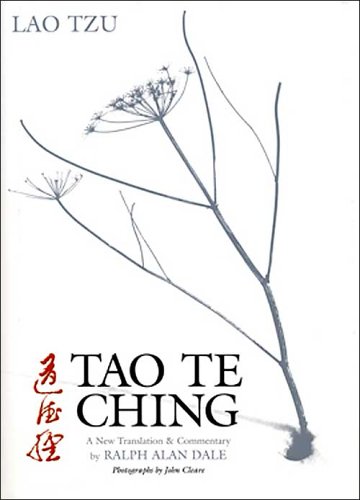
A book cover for Tao Te Ching: A New Translation and Commentary; Lao Tsu; Religion & Spirituality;